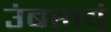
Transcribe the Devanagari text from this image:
उंबराचं